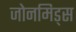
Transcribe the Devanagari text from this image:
जोनमिड्स